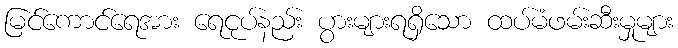
မြင်ကောင်ရေအား ရေငုပ်နည်း ပွားများရရှိသော ထပ်မံဖမ်းဆီးမှုများ